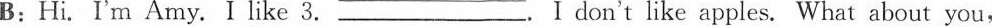
B:Hi. I'm Amy. I like 3. ___.Ⅰ don't like apples. What about you,